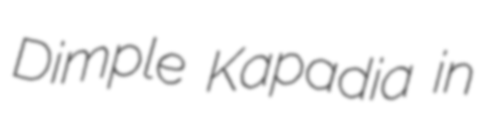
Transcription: Dimple Kapadia in